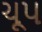
ચૂપ